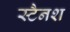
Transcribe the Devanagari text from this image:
स्टैनश